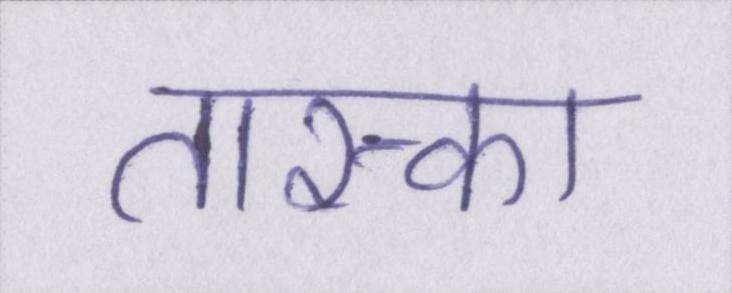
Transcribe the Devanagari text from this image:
तास्का